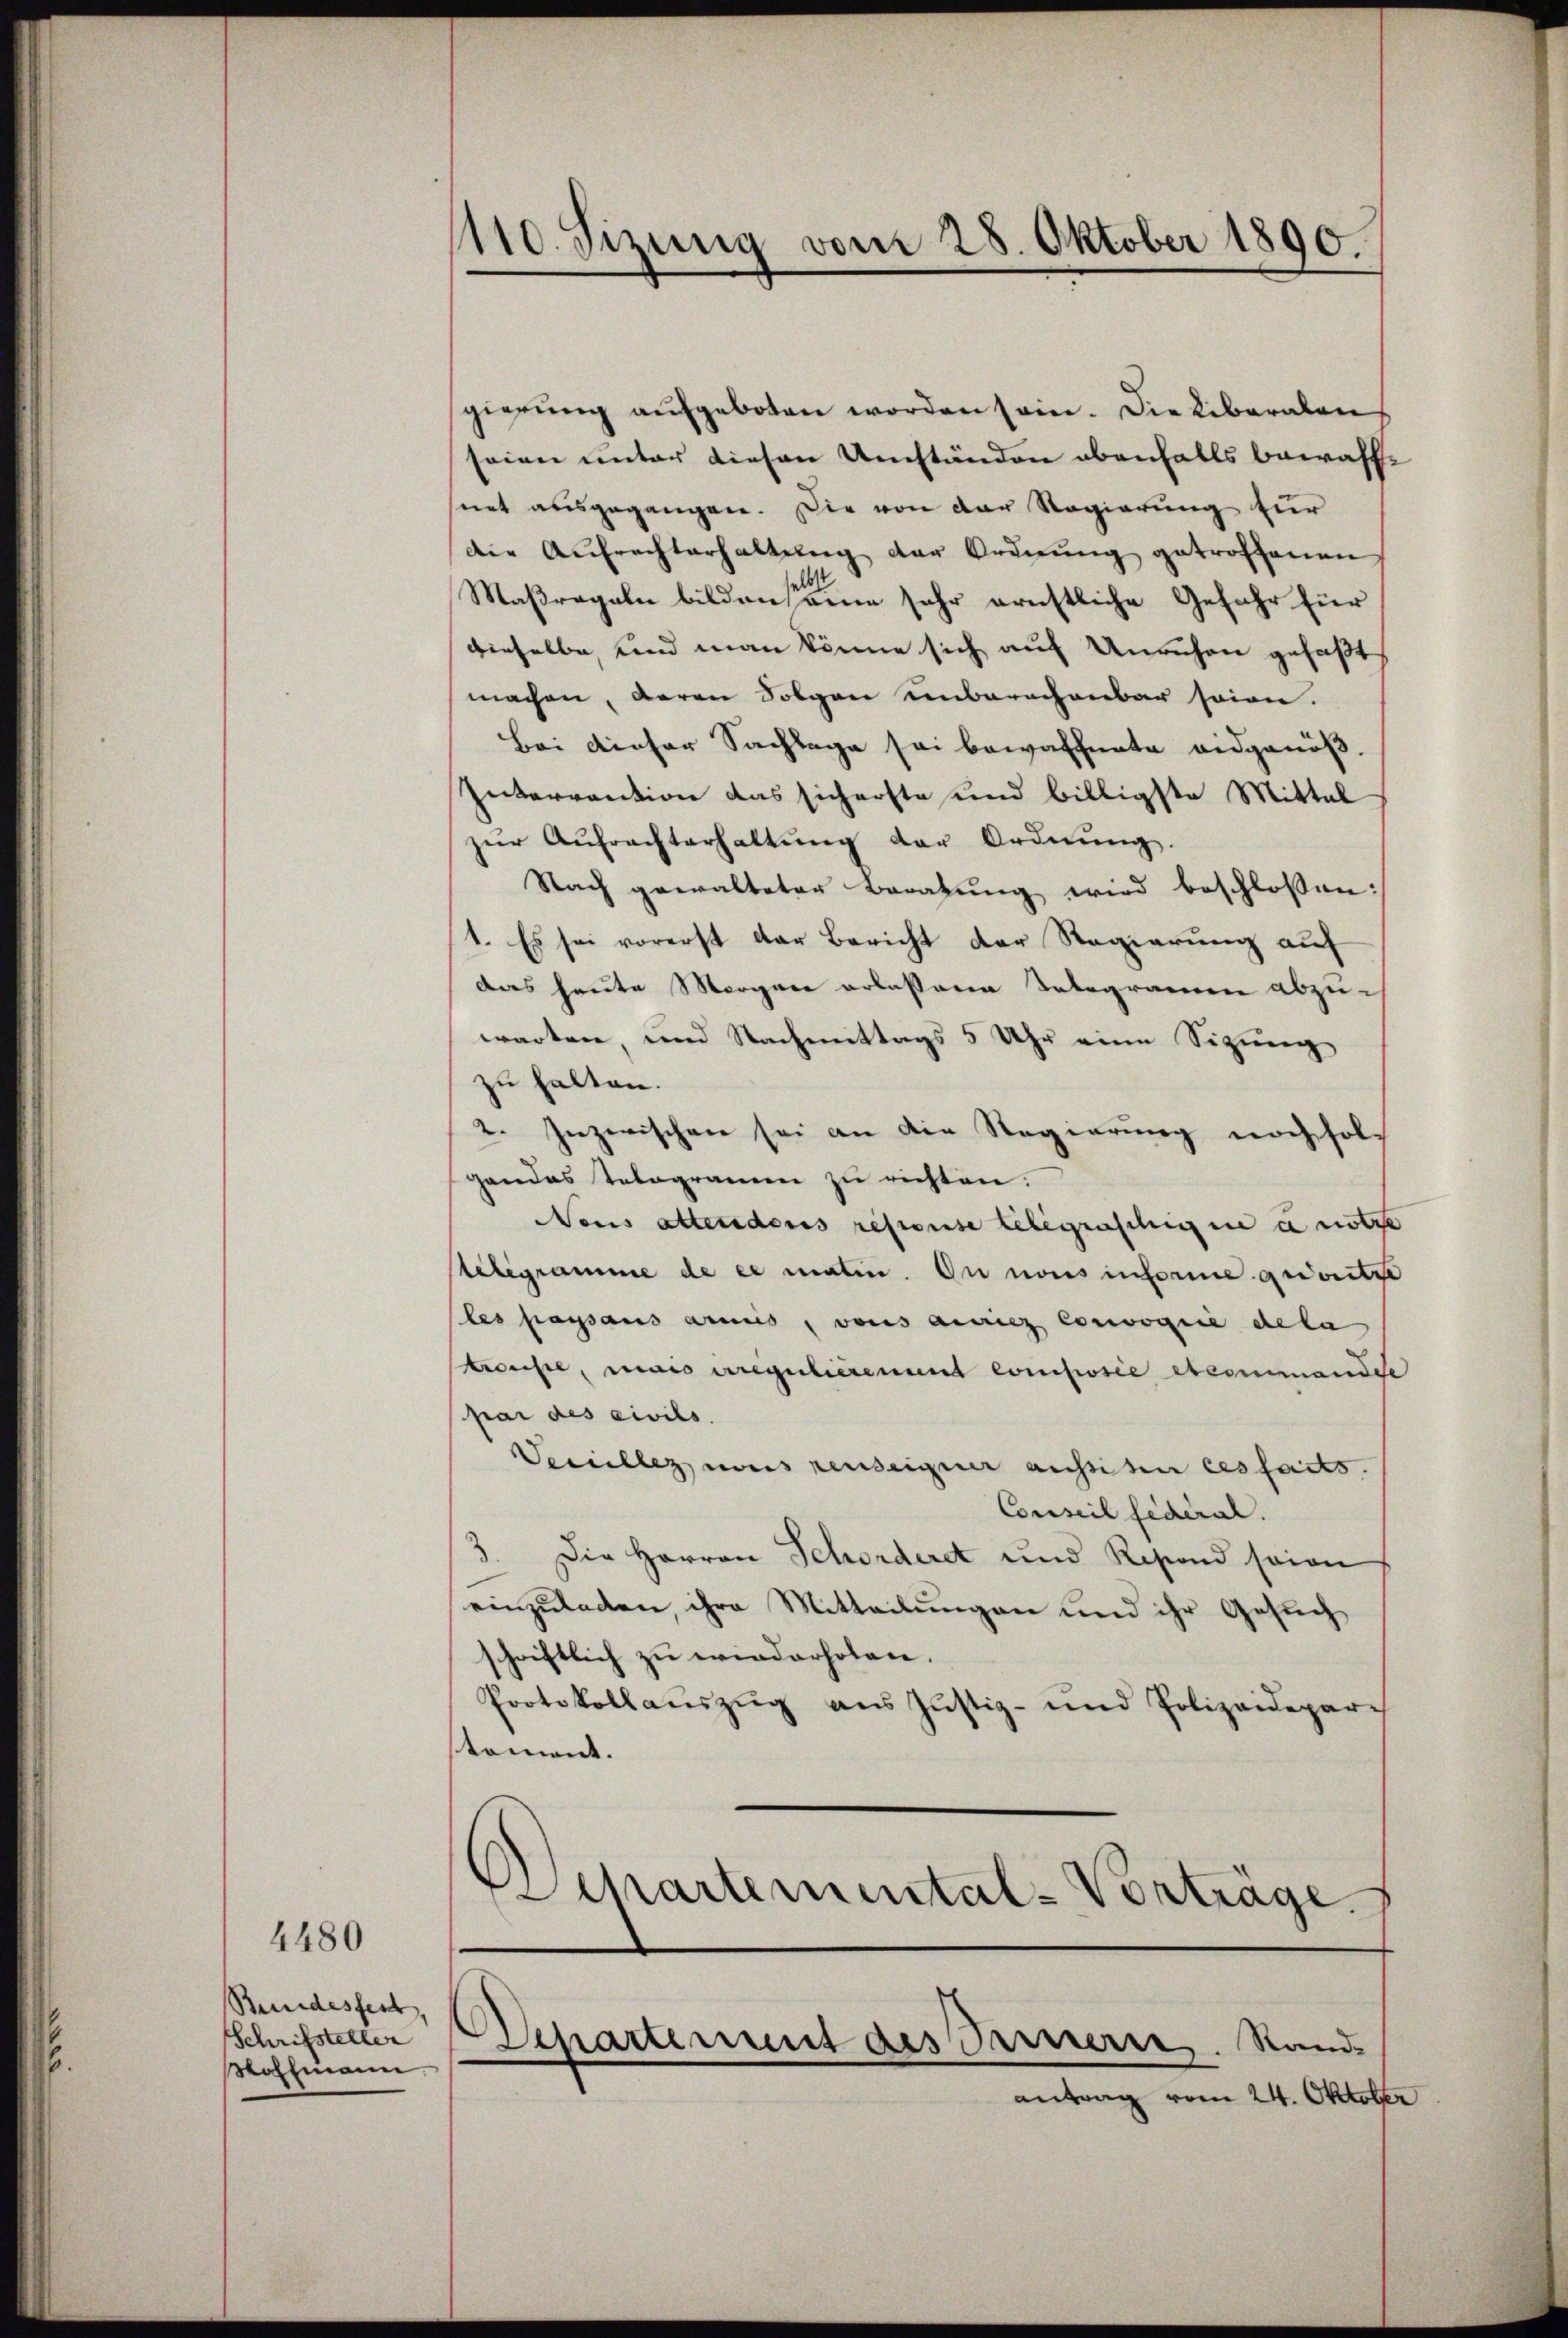
Beuidesfest,
Schrifsteller
Hoffmann.

4480

110. Sizung vom 28. Oktober 1890.

gierung aufgeboten worden sein. Die Liberalen
seien unter diesen Umständen ebenfalls bewaffe
net ausgegangen. Die von der Regierung für
die Aufrechterhaltŭng der Ordnung getroffenen
Maßregeln bilden seine sehr ernstliche Gefahr für
dieselbe, und man könne sich auf Unruhen gefaßt
machen, daran Folgen unberachenbar sein.
Bei dieser Sachlage sei bewaffnete eidgenöß
Petarrection das sicherste und billigste Mittel
zŭr Aŭfrachterhaltŭng der Ordnŭng.
Nach gewalteter Beratung wird beschlossen:
1. Es sei vorerst der Bericht der Regierung auf
das heute Morger erlassene Telegramen abzuwarten, und Nachmittags 5 Uhr eine Sitzung
zu halten.
2. Inzwischen sei an die Regierung noch folgandas Telegram zu richten.
Nous attenders reporise belegraschigene ce nötze
telegramme de ce matin. Du nous informe quioritze
les passaus armes, vons auch Corogie dela
Krausse, mais regulièrement composée etcommande
par des civils.
Secillez mais renseigner aussiten ces faits.
Conseil federal.
3. Die Herren Schorderet und Restand seien
einzuladen, ihre Mitteilungen und ihr Gesuch
schriftlich zu wiederholen.
Protokollauszug aus Justiz- und Polizeidepari
toment.
Departemental-Vorträge.

Departement des Bernerer. Standantrag vom 24. Oktober